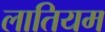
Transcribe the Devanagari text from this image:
लातियम